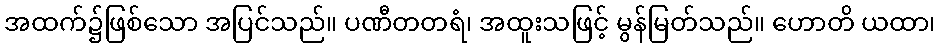
အထက်၌ဖြစ်သော အပြင်သည်။ ပဏီတတရံ၊ အထူးသဖြင့် မွန်မြတ်သည်။ ဟောတိ ယထာ၊